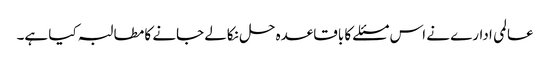
عالمی ادارے نے اس مسئلے کا باقاعدہ حل نکالے جانے کا مطالبہ کیا ہے۔